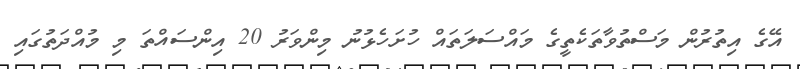
އޭގެ އިތުރުން މަސްތުވާތަކެތީގެ މައްސަލަތައް ހުށަހެޅުނު މިންވަރު 20 އިންސައްތަ މި މުއްދަތުގައި